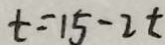
t = 1 5 - 2 t